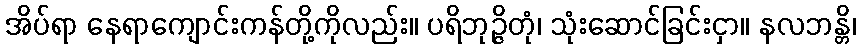
အိပ်ရာ နေရာကျောင်းကန်တို့ကိုလည်း။ ပရိဘုဉ္ဇိတုံ၊ သုံးဆောင်ခြင်းငှာ။ နလဘန္တိ၊